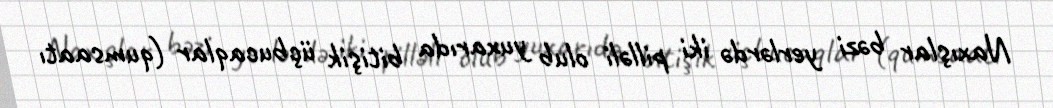
Naxışlar bəzi yerlərdə iki pilləli olub yuxarıda bitişik üçbucaqlar (qumsaatı